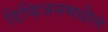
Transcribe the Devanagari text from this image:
डिव्हिजनमधील